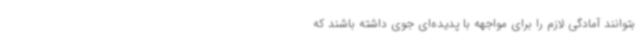
بتوانند آمادگی لازم را برای مواجهه با پدیده‌ای جوی داشته باشند که